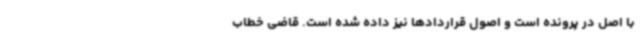
با اصل در پرونده است و اصول قراردادها نیز داده شده است. قاضی خطاب